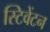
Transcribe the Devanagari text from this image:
स्टिवेंटन